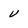
Character: V